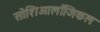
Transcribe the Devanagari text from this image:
सोशिओलॉजिकल